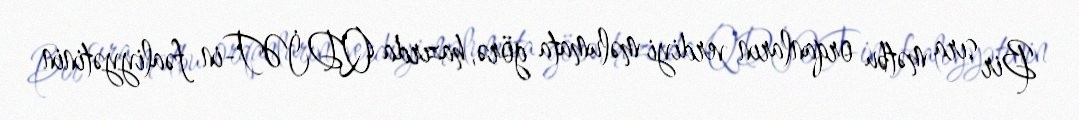
Bir sıra mətbu orqanların verdiyi məlumata görə, hazırda QDİƏT-in fəaliyyətinin